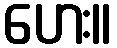
ဟေး။